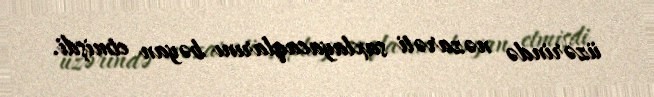
üzərində nəzarəti saxlayacaqlarını bəyan etmişdi.